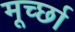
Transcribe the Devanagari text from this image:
मूर्च्‍छा